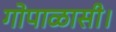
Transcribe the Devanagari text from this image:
गोपाळासी।